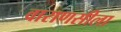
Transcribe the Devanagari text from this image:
वाराणसीला